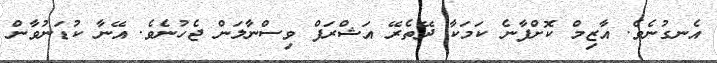
އެނގުނެވެ. އާޒިމް ކޮށްފާނެ ކަމަކާ ދޭތެރޭ އަޝްރަފް ވިސްނާލަން ޖެހުނެވެ. އޭނާ ކުޑަނުވާން